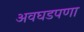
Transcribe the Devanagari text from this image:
अवघडपणा